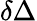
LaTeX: \delta\Delta